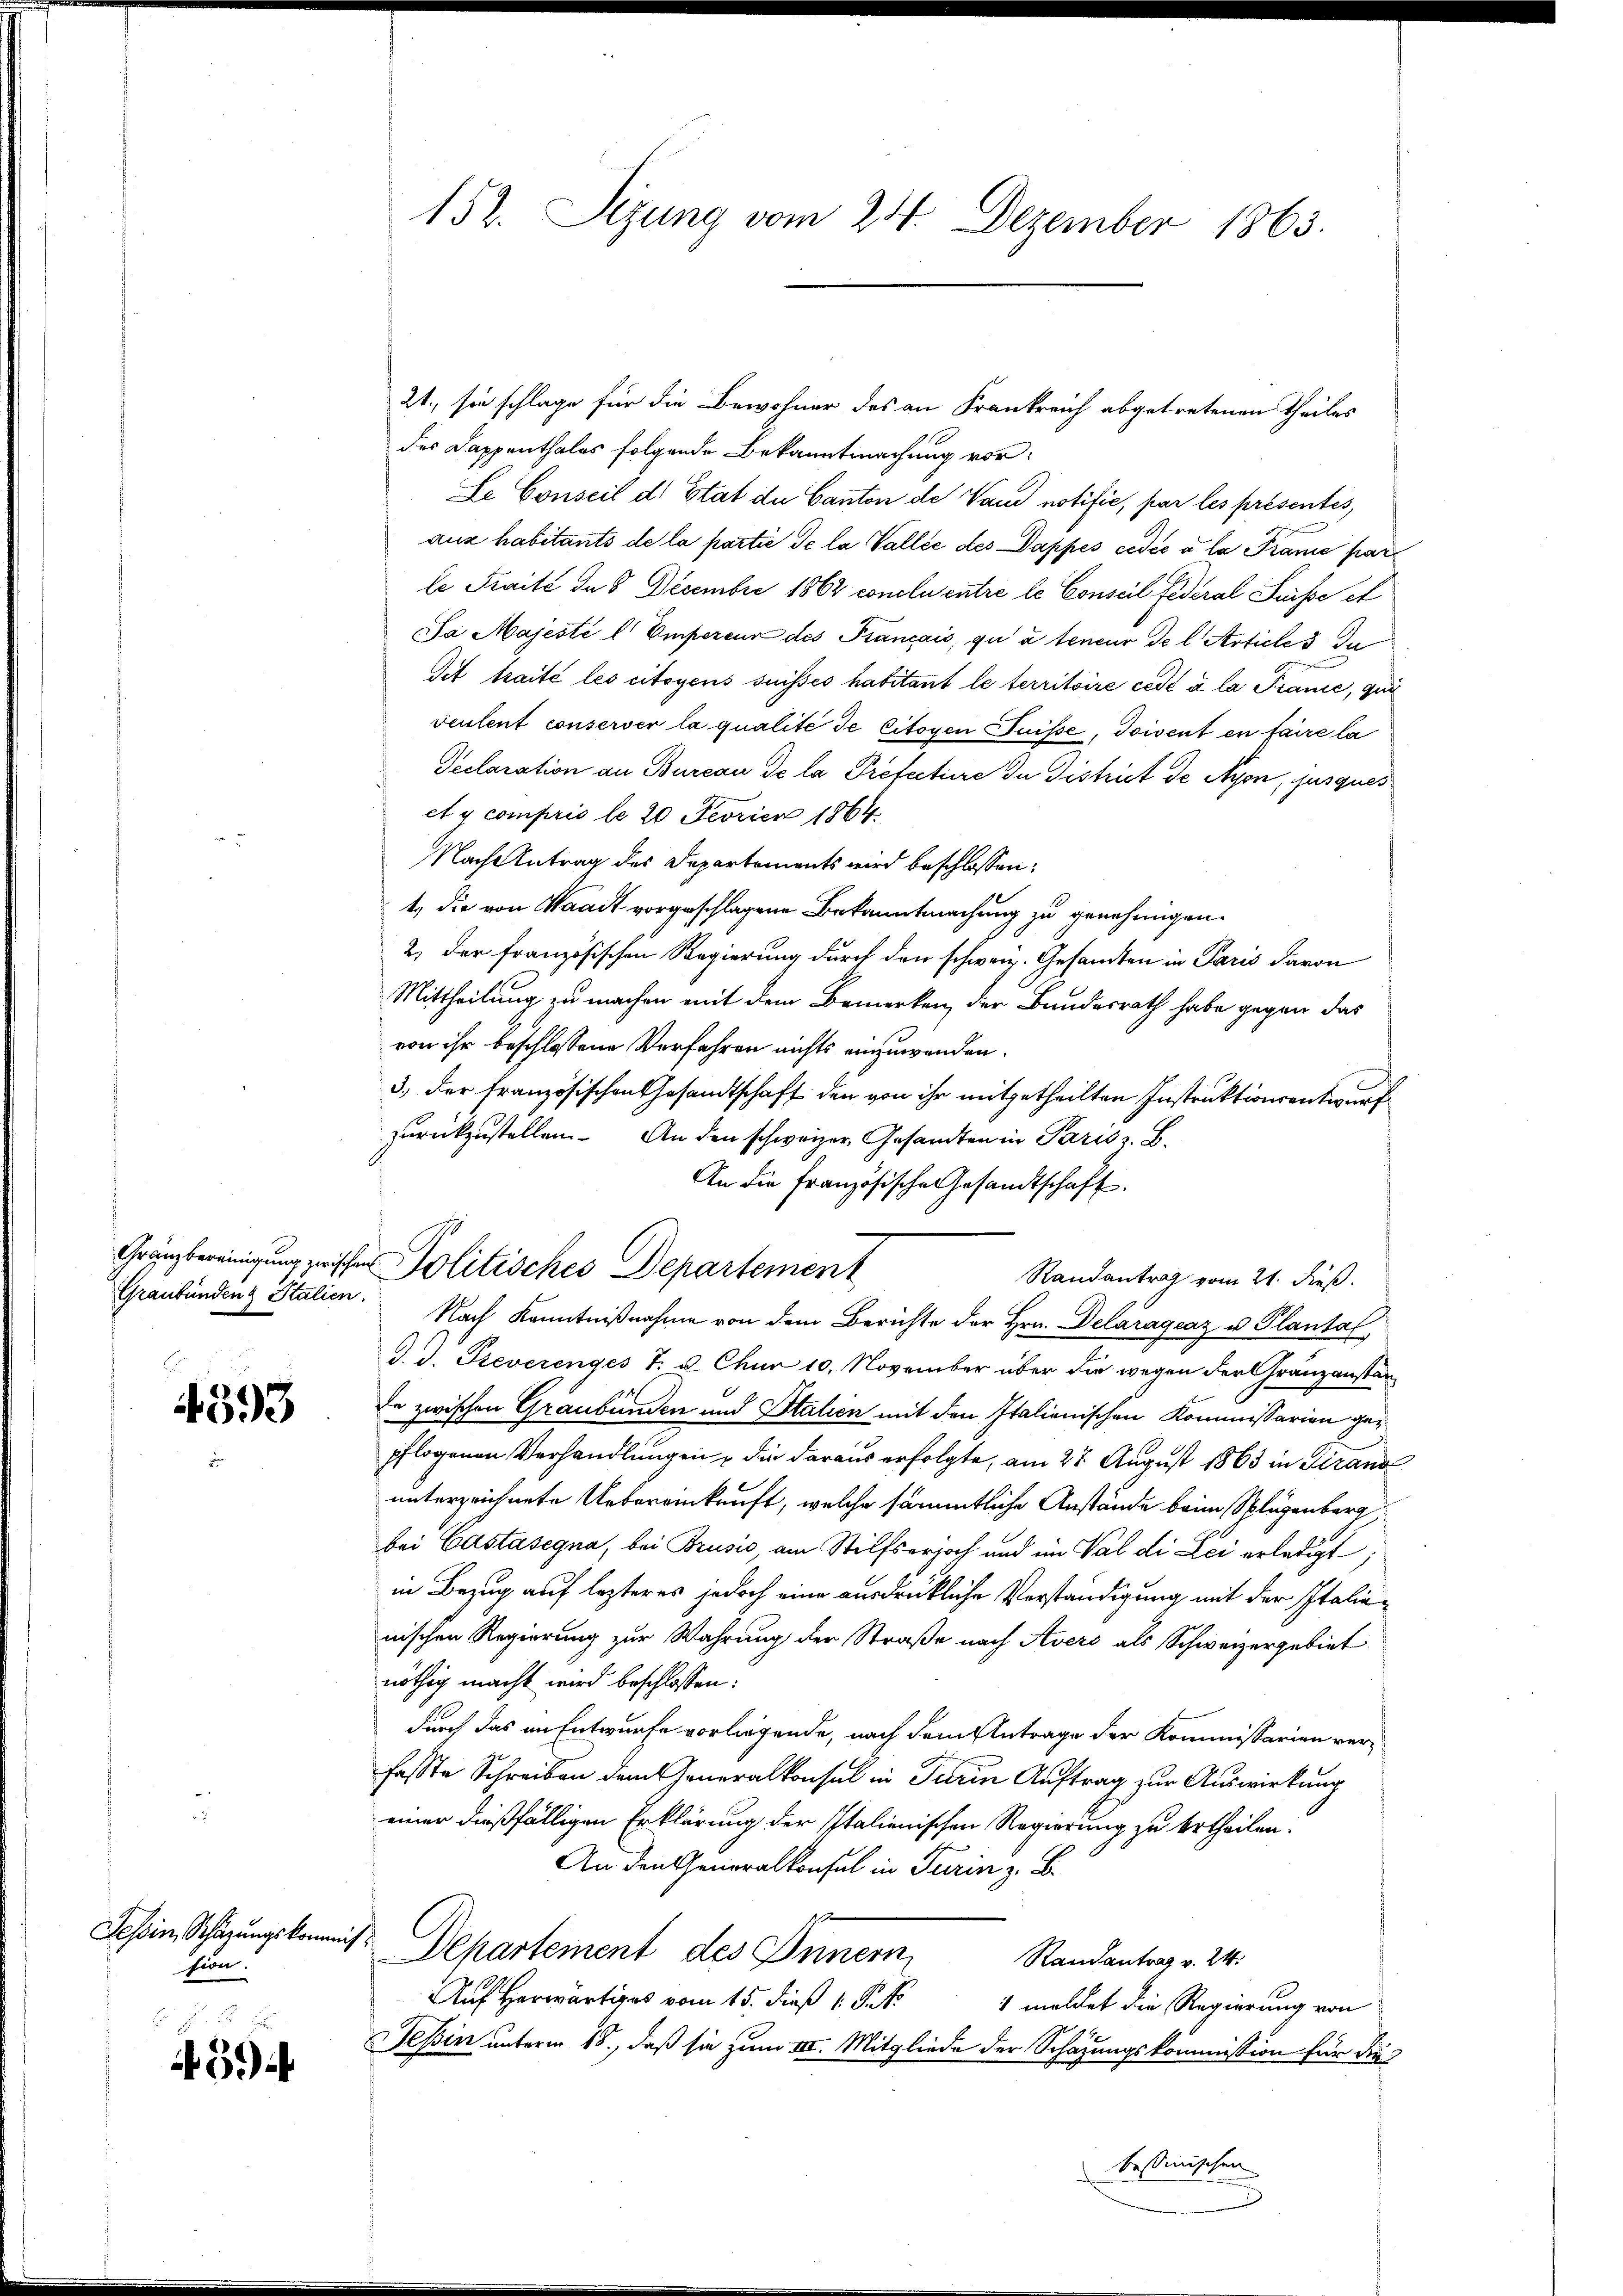
Gränzbereinigung zwischen

4393

Tessin, Schätzungskomm
sion.

59

152. Sizung vom 24. Dezember 1863.

Politisches Departement

21., sie schlage für die Bewohner des an Frankreich abgetretenen Theiles
des Dappenthales folgende Bekanntmachung vor¬
Le Conseil d. Etat du Canton de Wand notifie, par les présentes,
aus habitants de la partie de la Vallée des Dappes cedić à la Prämie par
le Traité de 8. Decembre 1862 conclu entre le Conseil Federal Suisse et
Sa Majesté l'Empereur des Français, qu’ à teneur de l. Article 3 In
Sit traité les citoyens suisses habitant le territoire cédé à la Prance, qui
Feulent conserver la qualité de citoyen Suisse, doivent en faire la
Seclaration an Bureau de la Prefectiere In District de Nyon, jusques
et y compris le 20 Feoriere 1864.
Nach Antrag des Departements wird beschlossen:
t die von Waadt vorgeschlagene Bekanntmachung zu genehmigen.
2) der französischen Regierung durch den schweiz. Gesandten in Paris davon
Mittheilung zu machen mit dem Bemerken, der Bundesrath habe gegen das
von ihr beschlossene Verfahren nichts einzuwenden.
3) der französischen Gesandtschaft den von ihr mitgetheilten Instruktionsentwurf
zurückzustellen. An den schweizer Gesandten in Pariss. B.
An die französische Gesandtschaft.
Randantrag vom 21. dieß.
Graubündenz Stalien. Nach Kenntnißnahme von dem Berichte der Hrn. Delaragraz u. Plantal
d. d. Reverenges 7. u. Chur 10. November über die wegen der Granzanstan¬
Ie zwischen Graubünden und Stalien mit den Italienischen Kommissarien gepflogenen Verhandlungen u die daraus erfolgte, am 27. August 1863 in Strand
unterzeichnete Uebereinkunft, welche sämmtliche Anstände beim Splügenberg
bei Castasegna, bei Brusić, am Stilfserjoch und im Val di Lei erledigt;
in Bezug auf lezteres jedoch eine ausdrükliche Verständigung mit der Italienischen Regierung zur Wahrung der Straße nach Avers als Schweizergebiet
nöthig macht wird beschlossen:
durch das an Entwurfe vorliegende, nach dem Antrage der Kommissarian ver-
fasste Schreiben dem Generalkonsul in Turin Auftrag zur Auswirkung
einer dießfälligen Erklärung der Italienischen Regierung zu ertheilen.
An den Generalkonsul in Turin z. B.
Departement des Innern
Randantrag v. 24.
Auf Herwärtiges vom 15. dieß 1. Sept
1 meldet die Regierung von
Tessin unterm 18., daß sie zum III. Mitgliede der Schazungskommission für die
bessinischen